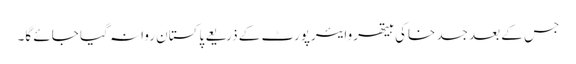
جس کے بعد جسد خاکی ہیتھروایئرپورٹ کے ذریعے پاکستان روانہ گیا جائے گا۔